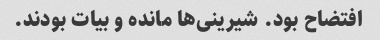
افتضاح بود. شیرینی‌ها مانده و بیات بودند.